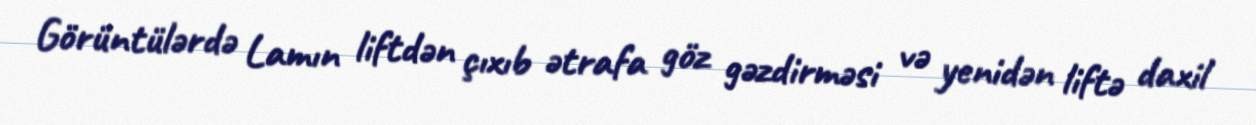
Görüntülərdə Lamın liftdən çıxıb ətrafa göz gəzdirməsi və yenidən liftə daxil